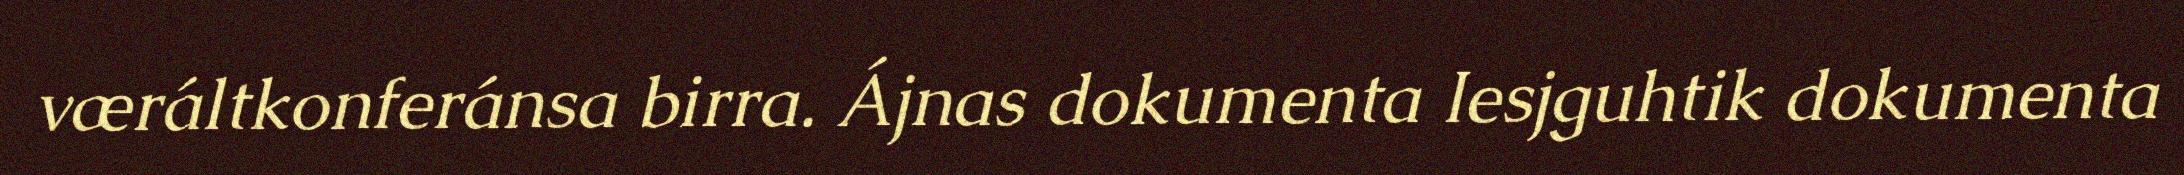
væráltkonferánsa birra. Ájnas dokumenta Iesjguhtik dokumenta